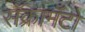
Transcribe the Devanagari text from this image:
सॅक्रामँटो